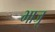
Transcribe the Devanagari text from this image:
भाजू